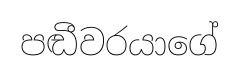
පඬීවරයාගේ